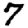
Digit: 7